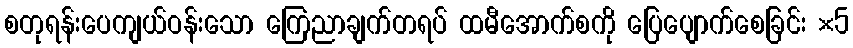
စတုရန်းပေကျယ်ဝန်းသော ကြေညာချက်တရပ် ထမီအောက်စကို ပြေပျောက်စေခြင်း ×5